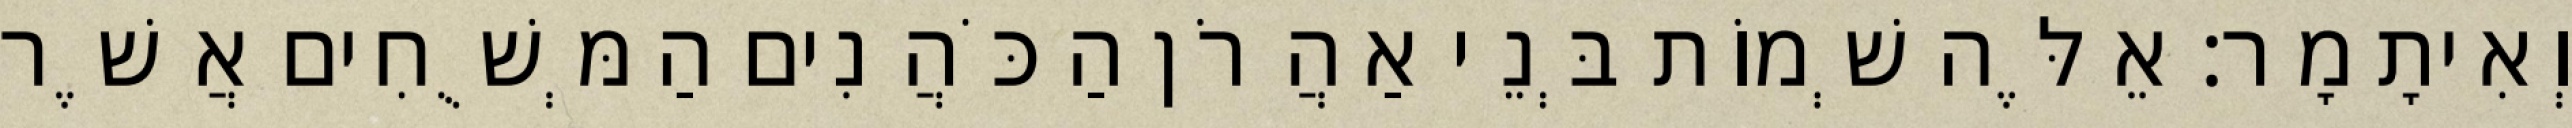
וְאִיתָמָר׃ אֵלֶּה שְׁמוֹת בְּנֵי אַהֲרֹן הַכֹּהֲנִים הַמְּשֻׁחִים אֲשֶׁר